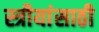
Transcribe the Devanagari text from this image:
स्त्रीयांसाठी